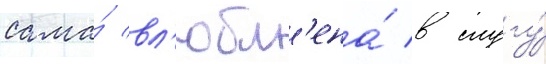
сама́ вл'юбл'ена́ в слугу́